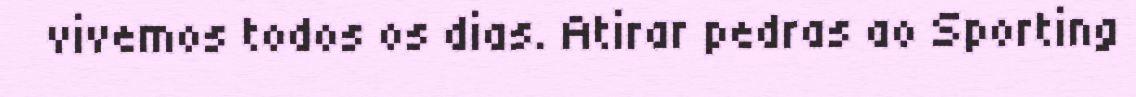
vivemos todos os dias. Atirar pedras ao Sporting